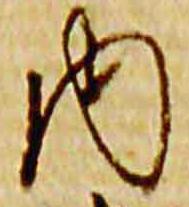
内